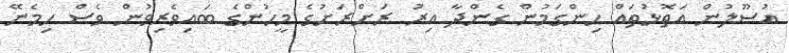
އުސޫލުން އަތޮޅުތައް ހިންގަމުން ގެންދާ އިރު ރަށްރަށުގެ މީހުންގެ ބައިވެރިވުން ވެސް ހިމެނޭ